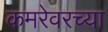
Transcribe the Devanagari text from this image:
कमरेवरच्या